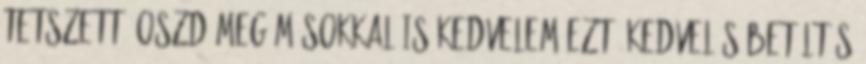
tetszett, oszd meg másokkal is Kedvelem ezt? Kedvelés Betöltés